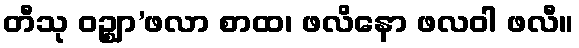
တီသု ဝဉ္စျာ’ဖလာ စာထ၊ ဖလိနော ဖလဝါ ဖလီ။